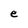
Character: e